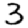
Digit: 3